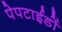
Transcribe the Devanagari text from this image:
पेपटाईडों